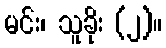
မင်း၊ သူခိုး (၂)။